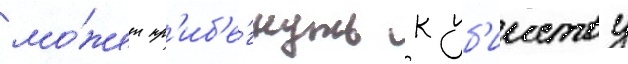
мо́жет пр'иб'е́гнуть к уб'ииству